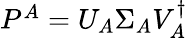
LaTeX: \begin{array}{r}{P^{A}=U_{A}\Sigma_{A}V_{A}^{\dagger}}\end{array}